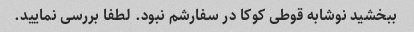
ببخشید نوشابه قوطی کوکا در سفارشم نبود. لطفا بررسی نمایید.